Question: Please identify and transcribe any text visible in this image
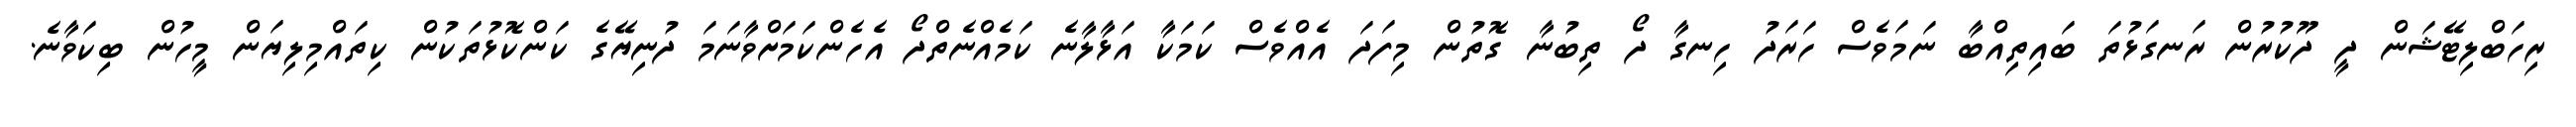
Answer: ރިހަބްލިޓޭޝަން ދީ ދޫކުރުން ރަނގަޅުތަ ބައިތިއްބާ ނަމަވެސް ހަރަދު ހިނގާ ދޯ ތިބުނާ ގޮތުން މިފަދަ އެއްވެސް ކަމަކާ އަޅާލާނެ ކަމެއްނެތްދޯ އެހެންކަމަށްވާނަމަ ދުނިޔޭގެ ކަންކޮޅުތަކުން ކިތައްމިލިޔަން މީހުން ބިކަވާނެ.